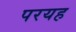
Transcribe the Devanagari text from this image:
परयह